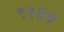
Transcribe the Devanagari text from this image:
९१४४